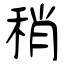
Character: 稍